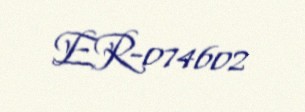
ER-074602